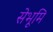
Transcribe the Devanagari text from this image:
सेभूमि